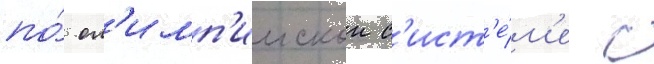
по́ ол'имп'иискои с'ист'е́м'е с